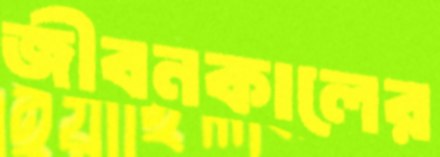
জীবনকালের